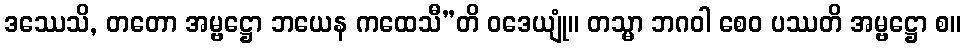
ဒဿေသိ, တတော အမ္ဗဋ္ဌော ဘယေန ကထေသီ”တိ ဝဒေယျုံ။ တသ္မာ ဘဂဝါ စေဝ ပဿတိ အမ္ဗဋ္ဌော စ။